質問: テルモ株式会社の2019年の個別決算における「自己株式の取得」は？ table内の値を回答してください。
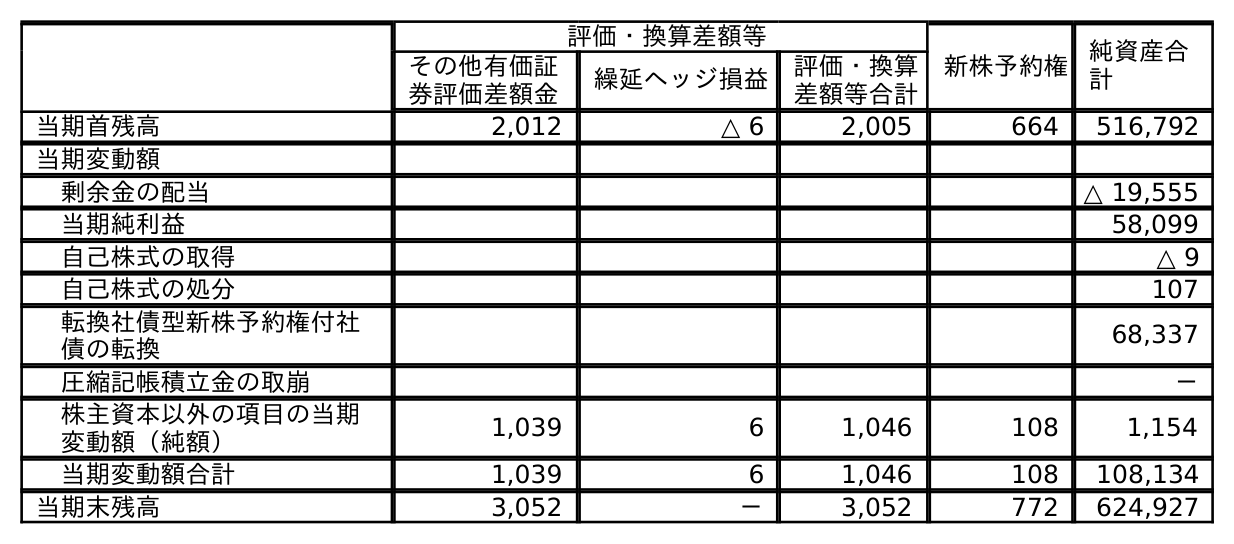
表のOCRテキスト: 評価・換算差額等 新株予約権 純資産合 計 その他有価証 券評価差額金 繰延ヘッジ損益 評価・換算 差額等合計 当期首残高 2,012 △ 6 2,005 664 516,792 当期変動額 剰余金の配当 △ 19,555 当期純利益 58,099 自己株式の取得 △ 9 自己株式の処分 107 転換社債型新株予約権付社 債の転換 68,337 圧縮記帳積立金の取崩 － 株主資本以外の項目の当期 変動額（純額） 1,039 6 1,046 108 1,154 当期変動額合計 1,039 6 1,046 108 108,134 当期末残高 3,052 － 3,052 772 624,927
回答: △9